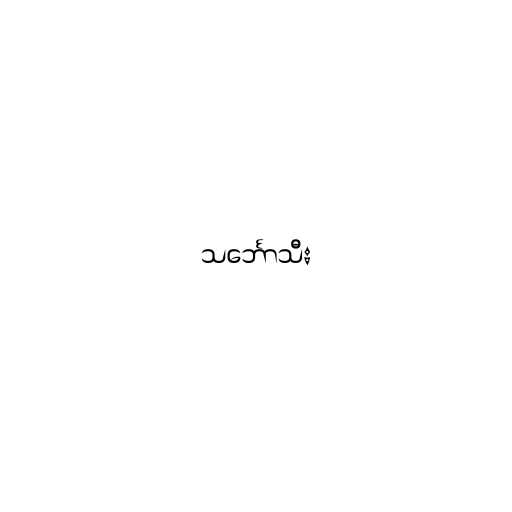
သင်္ဘောသီး